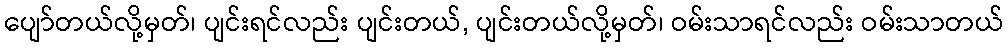
ပျော်တယ်လို့မှတ်၊ ပျင်းရင်လည်း ပျင်းတယ်, ပျင်းတယ်လို့မှတ်၊ ဝမ်းသာရင်လည်း ဝမ်းသာတယ်